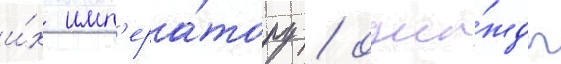
и́х имп'ера́тору / одна́жды